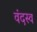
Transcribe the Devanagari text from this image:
वंदस्व